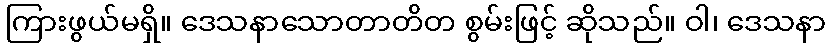
ကြားဖွယ်မရှိ။ ဒေသနာသောတာတိတ စွမ်းဖြင့် ဆိုသည်။ ဝါ၊ ဒေသနာ